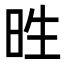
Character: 甠